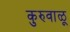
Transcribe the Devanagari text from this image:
कुरुवाळू